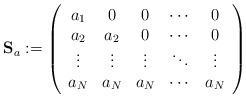
LaTeX: \begin{align*}\mathbf{S}_{a}:=\left(\begin{array}{ccccc}a_{1} & 0 & 0 & \cdots & 0\\a_{2} & a_{2} & 0 & \cdots & 0\\\vdots & \vdots & \vdots & \ddots & \vdots\\a_{N} & a_{N} & a_{N} & \cdots & a_{N}\end{array}\right)\end{align*}